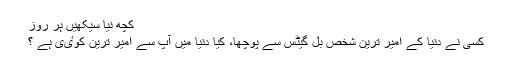
کچھ نیا سیکھیں ہر روز
کسی نے دنیا کے امیر ترین شخص بل گیٹس سے پوچھا، کیا دنیا میں آپ سے امیر ترین کوٸی ہے ؟